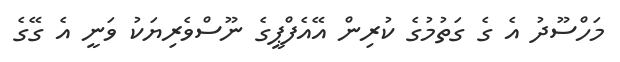
މަހްސޫދު އެ ގެ ގަތުމުގެ ކުރިން އޭއެފްޕީގެ ނޫސްވެރިޔަކު ވަނީ އެ ގޭގެ